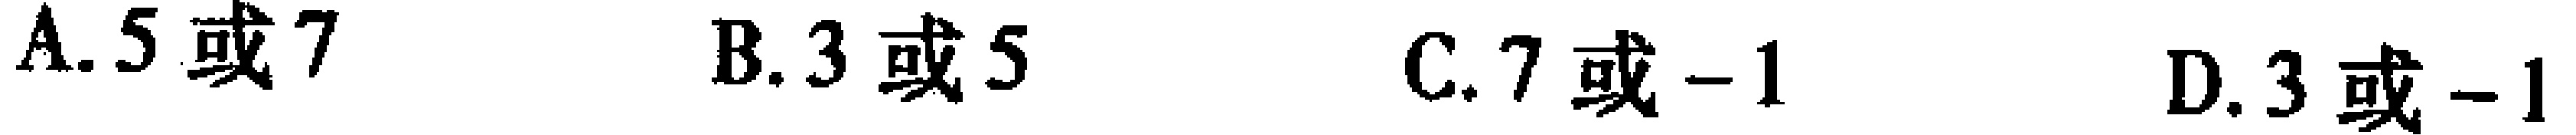
A. \(5或7\)  B. \(3或5\)  C. \(7或 - 1\)  D. \(3或 - 1\)